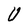
Character: U